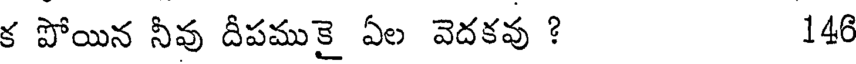
క పోయిన నీవు దీపముకై ఏల వెదకవు ? 146